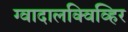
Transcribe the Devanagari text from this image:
ग्वादालक्विव्हिर